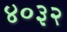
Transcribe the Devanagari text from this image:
४०३२